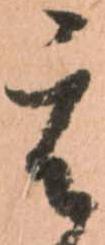
其